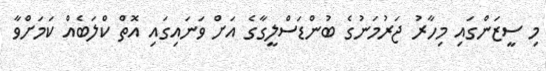
މި ސީޒަންގައި މިހާރު ޖަރުމަނުގެ ބުންޑަސްލީގާގެ އަށް ވަނައިގައި އޮތް ކްލަބެއް ކަމަށްވާ